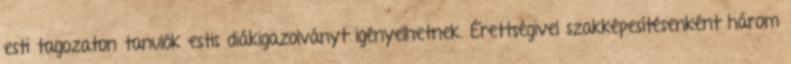
esti tagozaton tanulók estis diákigazolványt igényelhetnek. Érettségivel szakképesítésenként három